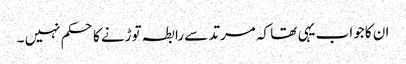
ان کا جواب یہی تھا کہ مرتد سے رابطہ توڑنے کا حکم نہیں ۔